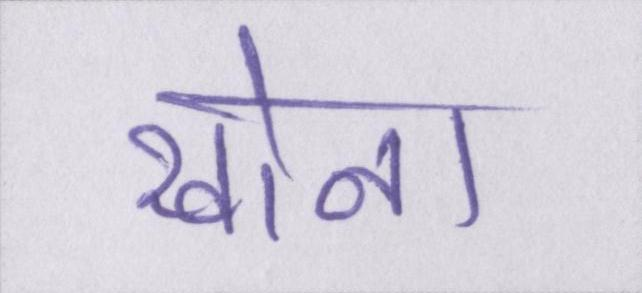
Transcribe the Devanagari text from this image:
खोना